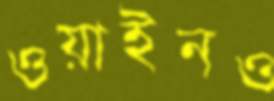
ওয়াইনও